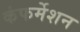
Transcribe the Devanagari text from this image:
कंफर्मेशन